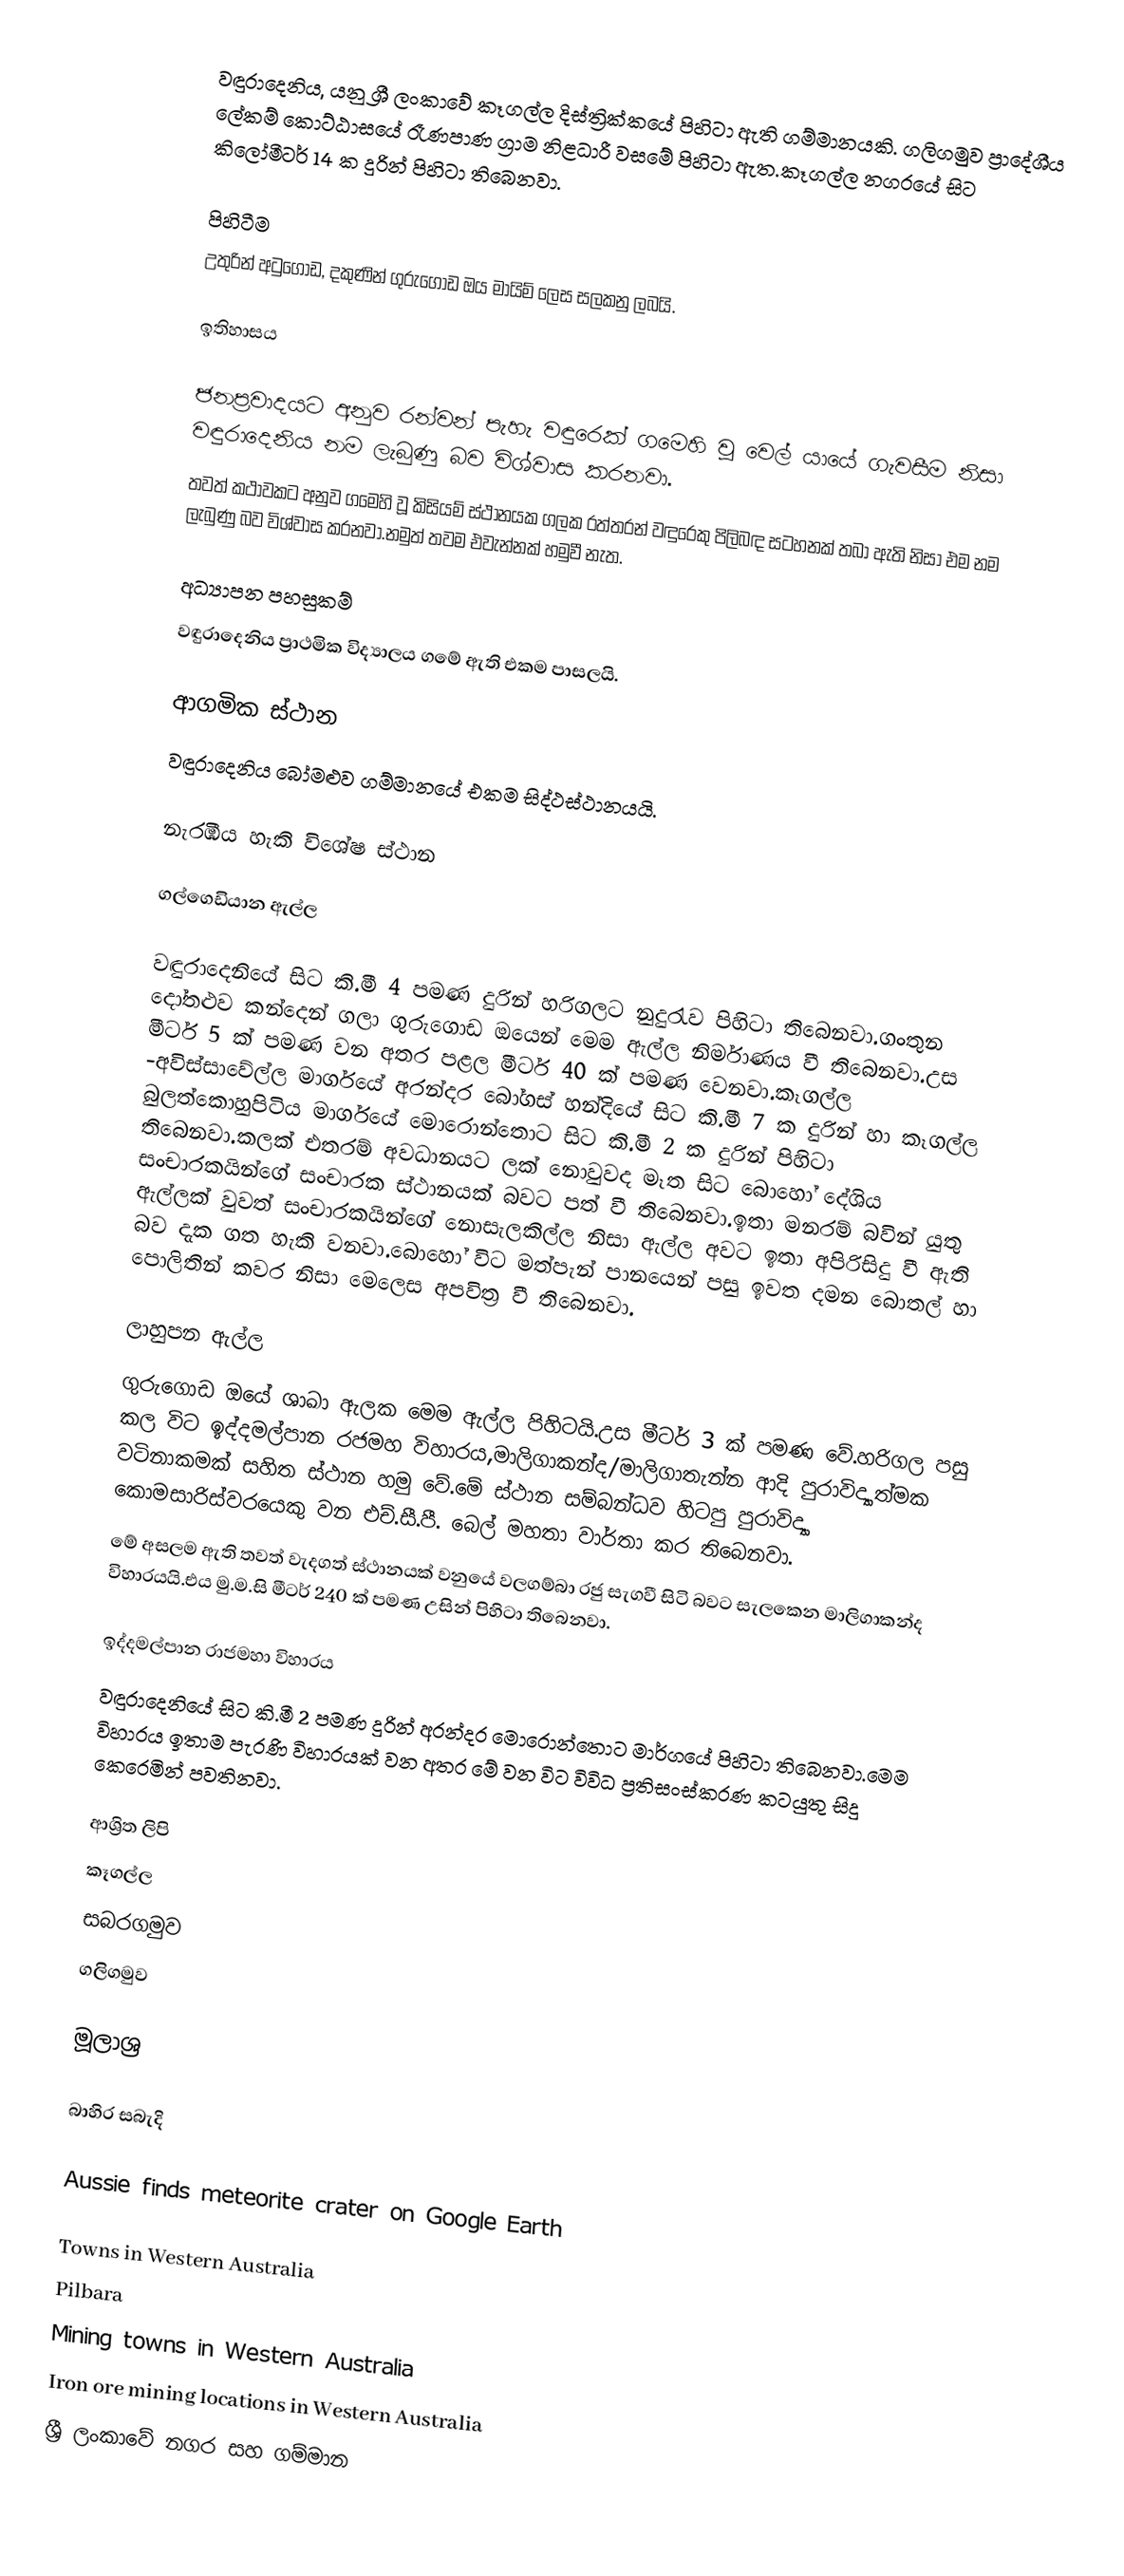
වඳුරාදෙනිය, යනු  ශ්‍රී ලංකාවේ කෑගල්ල දිස්ත්‍රික්කයේ පිහිටා ඇති ගම්මානයකි. ගලිගමුව ප්‍රාදේශීය ලේකම් කොට්ඨාසයේ රෑණපාණ ග්‍රාම නිළධාරී වසමේ පිහිටා ඇත.කෑගල්ල නගරයේ සිට කිලෝමීටර් 14 ක දුරින් පිහිටා තිබෙනවා.

පිහිටීම
උතුරින් අටුගොඩ, දකුණින් ගුරුගොඩ ඔය මායිම් ලෙස සලකනු ලබයි.

ඉතිහාසය

ජනප්‍රවාදයට අනුව රන්වන් පැහැ වඳුරෙක් ගමෙහි වූ වෙල් යායේ ගැවසීම නිසා වඳුරාදෙනිය නම ලැබුණු බව විශ්වාස කරනවා.
තවත් කථාවකට අනුව ගමෙහි වූ කිසියම් ස්ථානයක ගලක රත්තරන් වඳුරෙකු පිලිබඳ සටහනක් තබා ඇති නිසා එම නම ලැබුණු බව විශ්වාස කරනවා.නමුත් තවම එවැන්නක් හමුවී නැත.

අධ්‍යාපන පහසුකම්
වඳුරාදෙනිය ප්‍රාථමික විද්‍යාලය ගමේ ඇති එකම පාසලයි.

ආගමික ස්ථාන
වඳුරාදෙනිය බෝමළුව ගම්මානයේ එකම සිද්ථස්ථානයයි.

නැරඹිය හැකි විශේෂ ස්ථාන

ගල්ගෙඩියාන ඇල්ල

වඳුරාදෙනියේ සිට කි.මී 4 පමණ දුරින් හරිගලට නුදුරැව පිහිටා තිබෙනවා.ගංතුන දෝතළුව කන්දෙන් ගලා ගුරු‍ගොඩ ඔයෙන් මෙම ඇල්ල නිර්මාණය වී තිබෙනවා.උස මීටර් 5 ක් පමණ වන අතර පළල මීටර් 40 ක් පමණ වෙනවා.කෑගල්ල -අවිස්සාවේල්ල මාර්ගයේ අරන්දර බෝගස් හන්දියේ සිට කි.මී 7 ක දුරින් හා කෑගල්ල බුලත්කොහුපිටිය මාර්ගයේ මොරොන්තොට සිට කි.මී 2 ක දුරින් පිහිටා තිබෙනවා.කලක් එතරම් අවධානයට ලක් නොවුවද මෑත සිට බොහෝ දේශිය සංචාරකයින්ගේ සංචාරක ස්ථානයක් බවට පත් වී තිබෙනවා.ඉතා මනරම් බවින් යුතු ඇල්ලක් වුවත් සංචාරකයින්ගේ නොසැලකිල්ල නිසා ඇල්ල අවට ඉතා අපිරිසිදු වී ඇති බව දැක ගත හැකි වනවා.බොහෝ විට මත්පැන් පානයෙන් පසු ඉවත දමන බොතල් හා පොලිතින් කවර නිසා මෙලෙස අපවිත්‍ර වී තිබෙනවා.

ලාහුපන ඇල්ල
ගුරුගොඩ ඔයේ ශාඛා ඇලක මෙම ඇල්ල පිහිටයි.උස මීටර් 3 ක් පමණ වේ.හරිගල පසු කල විට ඉද්දමල්පාන රජමහ විහාරය,මාලිගාකන්ද/මාලිගාතැන්න ආදි පුරාවිද්‍යාත්මක වටිනාකමක් සහිත ස්ථාන හමු වේ.මේ ස්ථාන සම්බන්ධව හිටපු පුරාවිද්‍යා කොමසාරිස්වරයෙකු වන එච්.සී.පී. බෙල් මහතා වාර්තා කර තිබෙනවා.
මේ අසලම ඇති තවත් වැදගත් ස්ථානයක් වනුයේ වලගම්බා රජු සැගවී සිටි බවට සැලකෙන මාලිගාකන්ද විහාරයයි.එය  මු.ම.සි මීටර් 240 ක් පමණ උසින් පිහිටා තිබෙනවා.

ඉද්දමල්පාන රාජමහා විහාරය
වඳුරාදෙනියේ සිට කි.මී 2 පමණ දුරින් අරන්දර මොරොන්තොට මාර්ගයේ පිහිටා තිබෙනවා.මෙම විහාරය ඉතාම පැරණි විහාරයක් වන අතර මේ වන විට විවිධ ප්‍රතිසංස්කරණ කටයුතු සිදු කෙරෙමින් පවතිනවා.

ආශ්‍රිත ලිපි
 කෑගල්ල
 සබරගමුව
 ගලිගමුව

මූලාශ්‍ර

බාහිර සබැදි

 Aussie finds meteorite crater on Google Earth

Towns in Western Australia
Pilbara
Mining towns in Western Australia
Iron ore mining locations in Western Australia
ශ්‍රී ලංකාවේ නගර සහ ගම්මාන